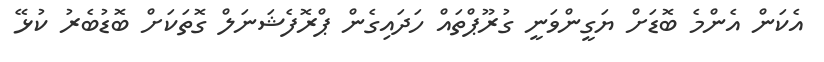
އެކަން އެންމެ ބޮޑަށް ޔަގީންވަނީ ގުރޫޕްތައް ހަދައިގެން ޕްރޮފެޝަނަލް ގޮތަކަށް ބޮޑުބެރު ކުޅޭ